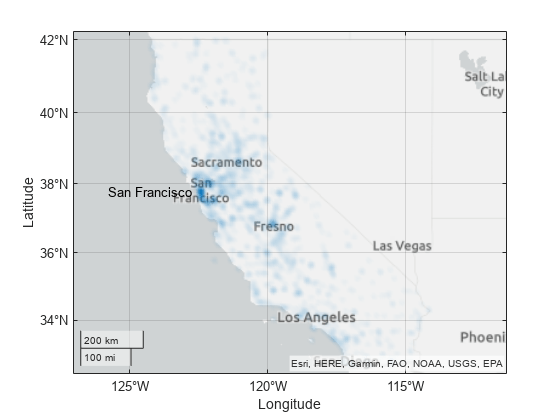
matlab, geodensityplot